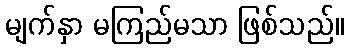
မျက်နှာ မကြည်မသာ ဖြစ်သည်။